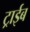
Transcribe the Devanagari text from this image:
ट्राईब